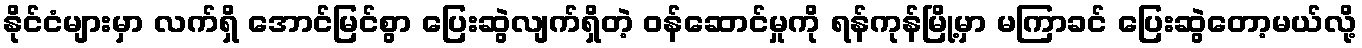
နိုင်ငံများမှာ လက်ရှိ အောင်မြင်စွာ ပြေးဆွဲလျက်ရှိတဲ့ ဝန်ဆောင်မှုကို ရန်ကုန်မြို့မှာ မကြာခင် ပြေးဆွဲတော့မယ်လို့